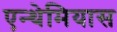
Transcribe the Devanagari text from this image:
एन्थेमियास